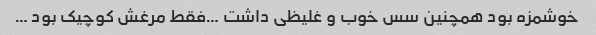
خوشمزه بود همچنین سس خوب و غلیظی داشت …فقط مرغش کوچیک بود …